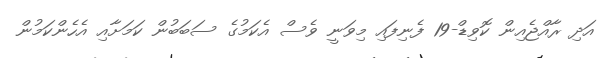
އަދި ރާއްޖެއިން ކޮވިޑް-19 ފެނިފައި މިވަނީ ވެސް އެކަމުގެ ސަބަބުން ކަމަށާއި އެހެންކަމުން